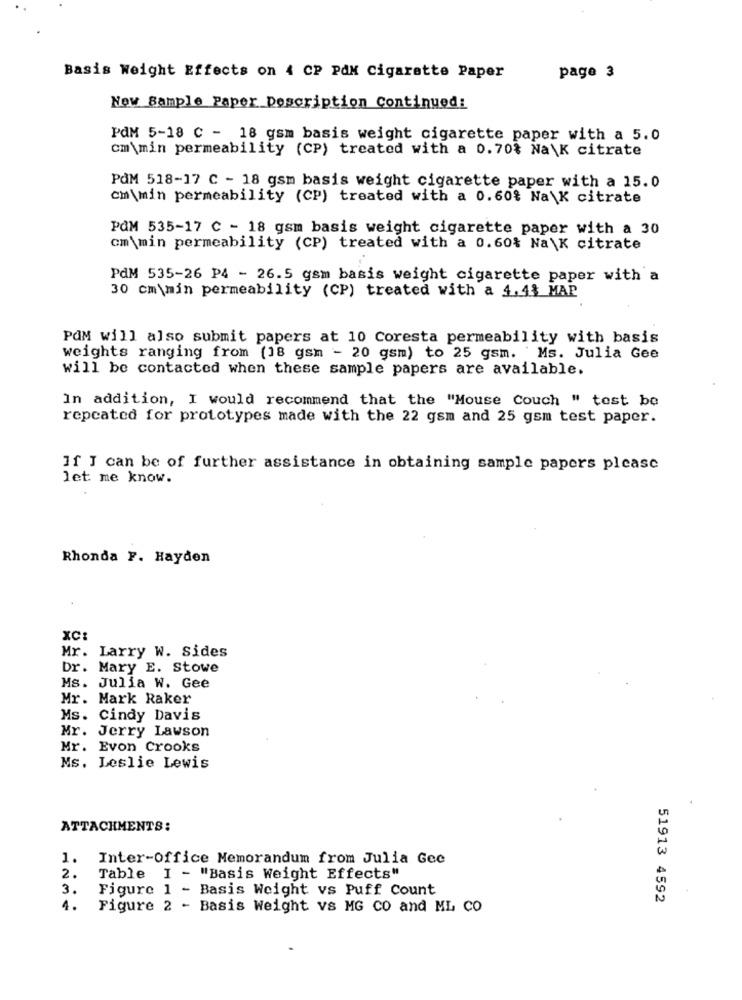
Basis Weight Effects on 4 CP PAM Cigarette Paper
page 3
Now Sample Paper Description Continued:
PAM 5-18 C - 18 gsm basis weight cigarette paper with a 5.0
cm'\min permeability (CP) treated with a 0.70% Na\K citrate
PAM 518-17 C - 18 gsm basis weight cigarette paper with a 15.0
cm\min permeability (CP) treated with a 0.60$ Na\K citrate
PAM 535-17 C - 18 gsm basis weight cigarette paper with a 30
cm\min permeability (CP) treated with a 0.60% Na\K citrate
PdM 535-26 P4 - 26.5 gsm basis weight cigarette paper with a
30 cm\min permeability (CP) treated with a 4.43 MAP
POM will also submit papers at 10 Coresta permeability with basis
weights ranging from (18 gsm - 20 gsm) to 25 gsm. ' Ms. Julia Gee
will be contacted when these sample papers are available.
In addition, I would recommend that the "Mouse Couch " test be
repeated for prototypes made with the 22 gsm and 25 gsm test paper.
If I can be of further assistance in obtaining sample papers please
let me know.
Rhonda F. Hayden
XC:
Mr. Larry W. Sides
Dr. Mary E. Stowe
Ms. Julia W. Gee
Mr. Mark Raker
Ms. Cindy Davis
Mr. Jerry Lawson
Mr. Evon Crooks
Ms. Leslie Lewis
ATTACHMENTS:
1.
Inter-Office Memorandum from Julia Gee
2.
Table I - "Basis Weight Effects"
3.
Figure 1 - Basis Weight vs Puff Count
51913 4592
4.
Figure 2 - Basis Weight vs MG CO and ML CO